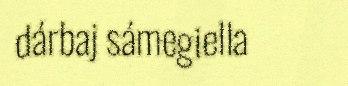
dárbaj sámegiella